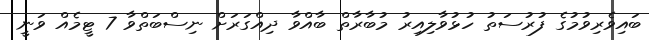
ބައިވެރިވުމުގެ ފުރުސަތު ހުޅުވާލިއިރު މުބާރާތް ބާއްވާ ދިއްގަރަށް ނިސްބަތްވާ 7 ޓީމެއް ވަނީ